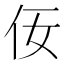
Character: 𪜨